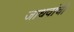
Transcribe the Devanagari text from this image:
जाधवांची